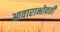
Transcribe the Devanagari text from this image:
आवाराभोवती